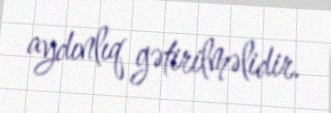
aydınlıq gətirilməlidir.